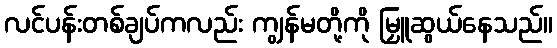
လင်ပန်းတစ်ချပ်ကလည်း ကျွန်မတို့ကို မြှူဆွယ်နေသည်။